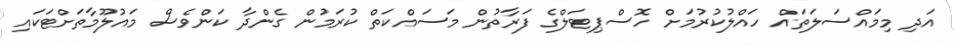
އަދި މިމައްސަލަތައް ހައްލުކުރުމަށް ހޮސްޕިޓަލްގެ ފަރާތުން މަސައްކަތް ކުރަމުން ގެންދާ ކަންވެސް މައުލޫމާތަށްޓަކައި